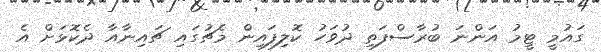
ގައުމީ ޓީމު އަންނަ ބުރާސްފަތި ދުވަހު ކޮލިފައިން މެޗުގައި ޗައިނާއާ ދެކޮޅަށް އެ